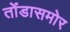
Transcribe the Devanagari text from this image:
तोंडासमोर